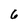
Character: 6